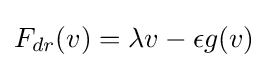
F_{dr}(v)=\lambda v-\epsilon g(v)